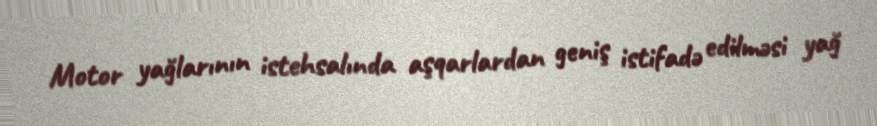
Motor yağlarının istehsalında aşqarlardan geniş istifadə edilməsi yağ